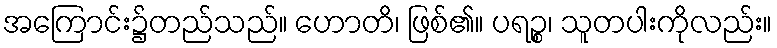
အကြောင်း၌တည်သည်။ ဟောတိ၊ ဖြစ်၏။ ပရဉ္စ၊ သူတပါးကိုလည်း။